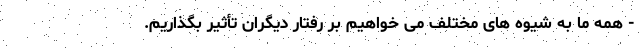
- همه ما به شیوه های مختلف می خواهیم بر رفتار دیگران تأثیر بگذاریم.